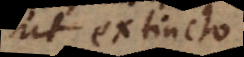
ut extincto